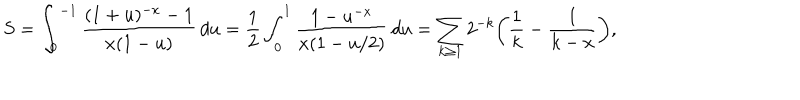
LaTeX: S = \int _ { 0 } ^ { - 1 } \frac { ( 1 + u ) ^ { - x } - 1 } { x ( 1 - u ) } \, d u = \frac { 1 } { 2 } \int _ { 0 } ^ { 1 } \frac { 1 - u ^ { - x } } { x ( 1 - u / 2 ) } \, d u = \sum _ { k \ge 1 } 2 ^ { - k } \bigg ( \frac { 1 } { k } - \frac { 1 } { k - x } \bigg ) ,